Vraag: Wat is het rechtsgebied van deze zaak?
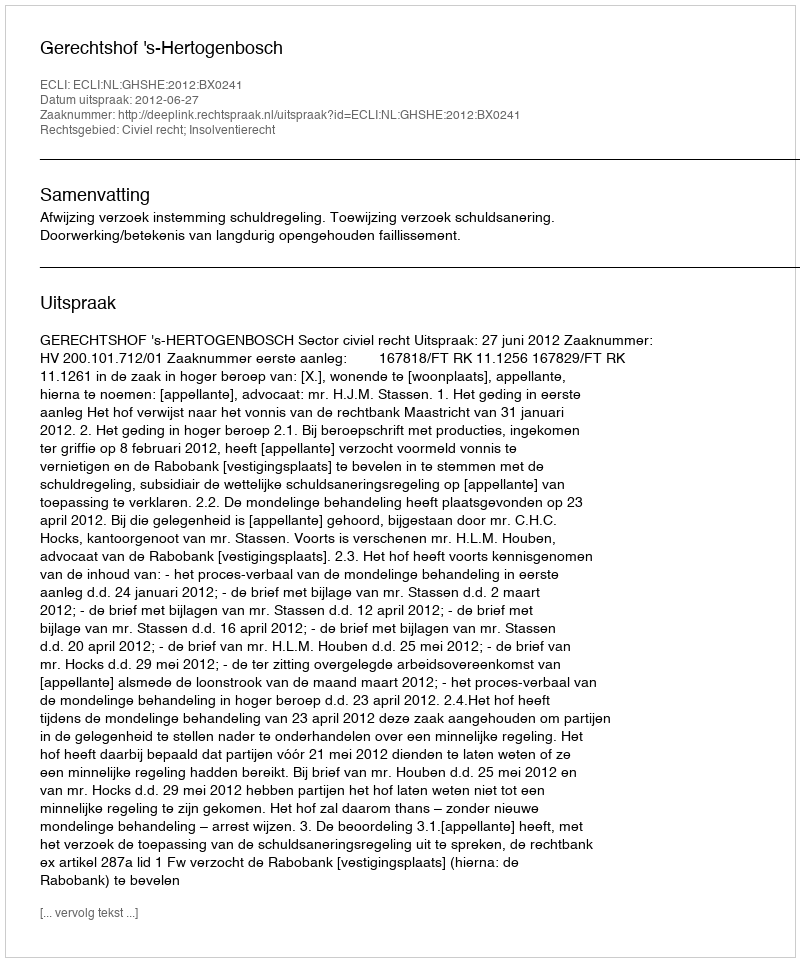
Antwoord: Civiel recht; Insolventierecht